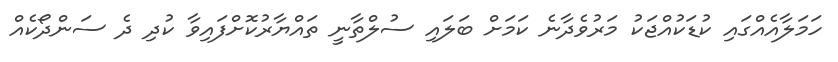
ހަމަލާއެއްގައި ކުޑަކުއްޖަކު މަރުވެދާނެ ކަމަށް ބަލައި ސުލްތާނީ ތައްޔާރުކޮށްފައިވާ ކުދި ދެ ސަންދޯކެއް